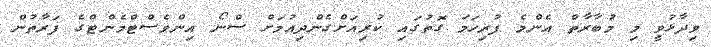
ވިދާޅުވީ މި މުބާރާތް އެންމެ ފުރިހަމަ ގޮތުގައި ކުރިއަށްގެންދިއުމަށް ސްނޯ އިންވެސްޓްމެންޓްގެ ފަރާތުން